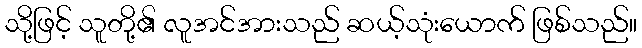
သို့ဖြင့် သူတို့၏ လူအင်အားသည် ဆယ့်သုံးယောက် ဖြစ်သည်။